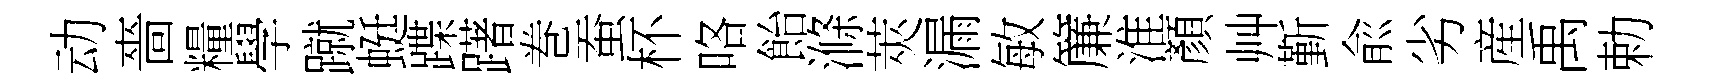
动嗇糧學蹴蜓蹀躇巻蚕杯咯飴滌莢漏敏簾淮顏艸斳兪劣産禹勅